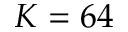
K = 6 4